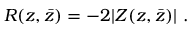
R ( z , \bar { z } ) = - 2 | Z ( z , \bar { z } ) | \ .